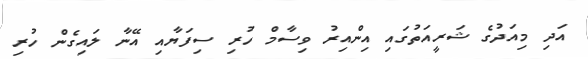
އަދި މިއަދުގެ ޝަރީއަތުގައި އިންއިރު ވިސާމް ހުރި ސިފަޔާއި އޭނާ ލައިގެން ހުރި